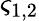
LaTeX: \varsigma_{1,2}